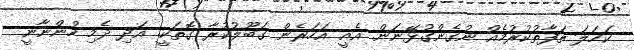
ކަހަލަ ތަފާތުކުރުމެއް ނުގެންގުޅޭނަން. އެއީ އަހަރެން ގަބޫލުކުރާ ގޮތަކީ. އަދި ދެމި ހުންނާނީ